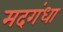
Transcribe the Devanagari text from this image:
मदगंधा